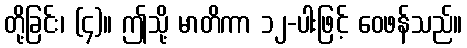
တို့ခြင်း၊ (၄)။ ဤသို့ မာတိကာ ၁၂-ပါးဖြင့် ဝေဖန်သည်။